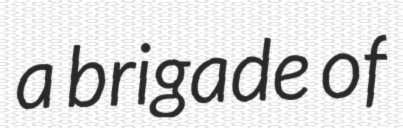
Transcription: a brigade of